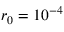
r _ { 0 } = 1 0 ^ { - 4 }